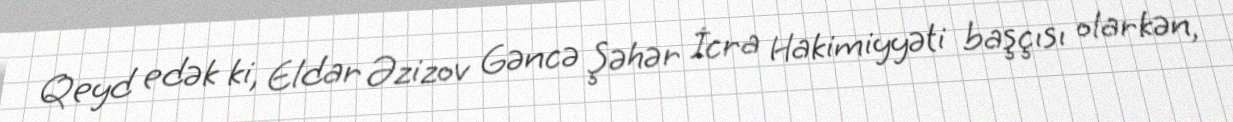
Qeyd edək ki, Eldar Əzizov Gəncə Şəhər İcra Hakimiyyəti başçısı olarkən,